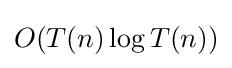
O(T(n)\log T(n))